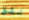
نثق